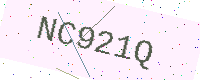
Text: NC921Q